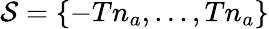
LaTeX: \mathcal{S}=\{ -Tn_{a},...,Tn_{a}\}